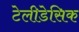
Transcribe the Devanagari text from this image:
टेलीडेसिक